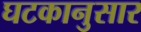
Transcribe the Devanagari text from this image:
घटकानुसार